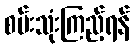
စမ်းသုံးကြည့်ရန်